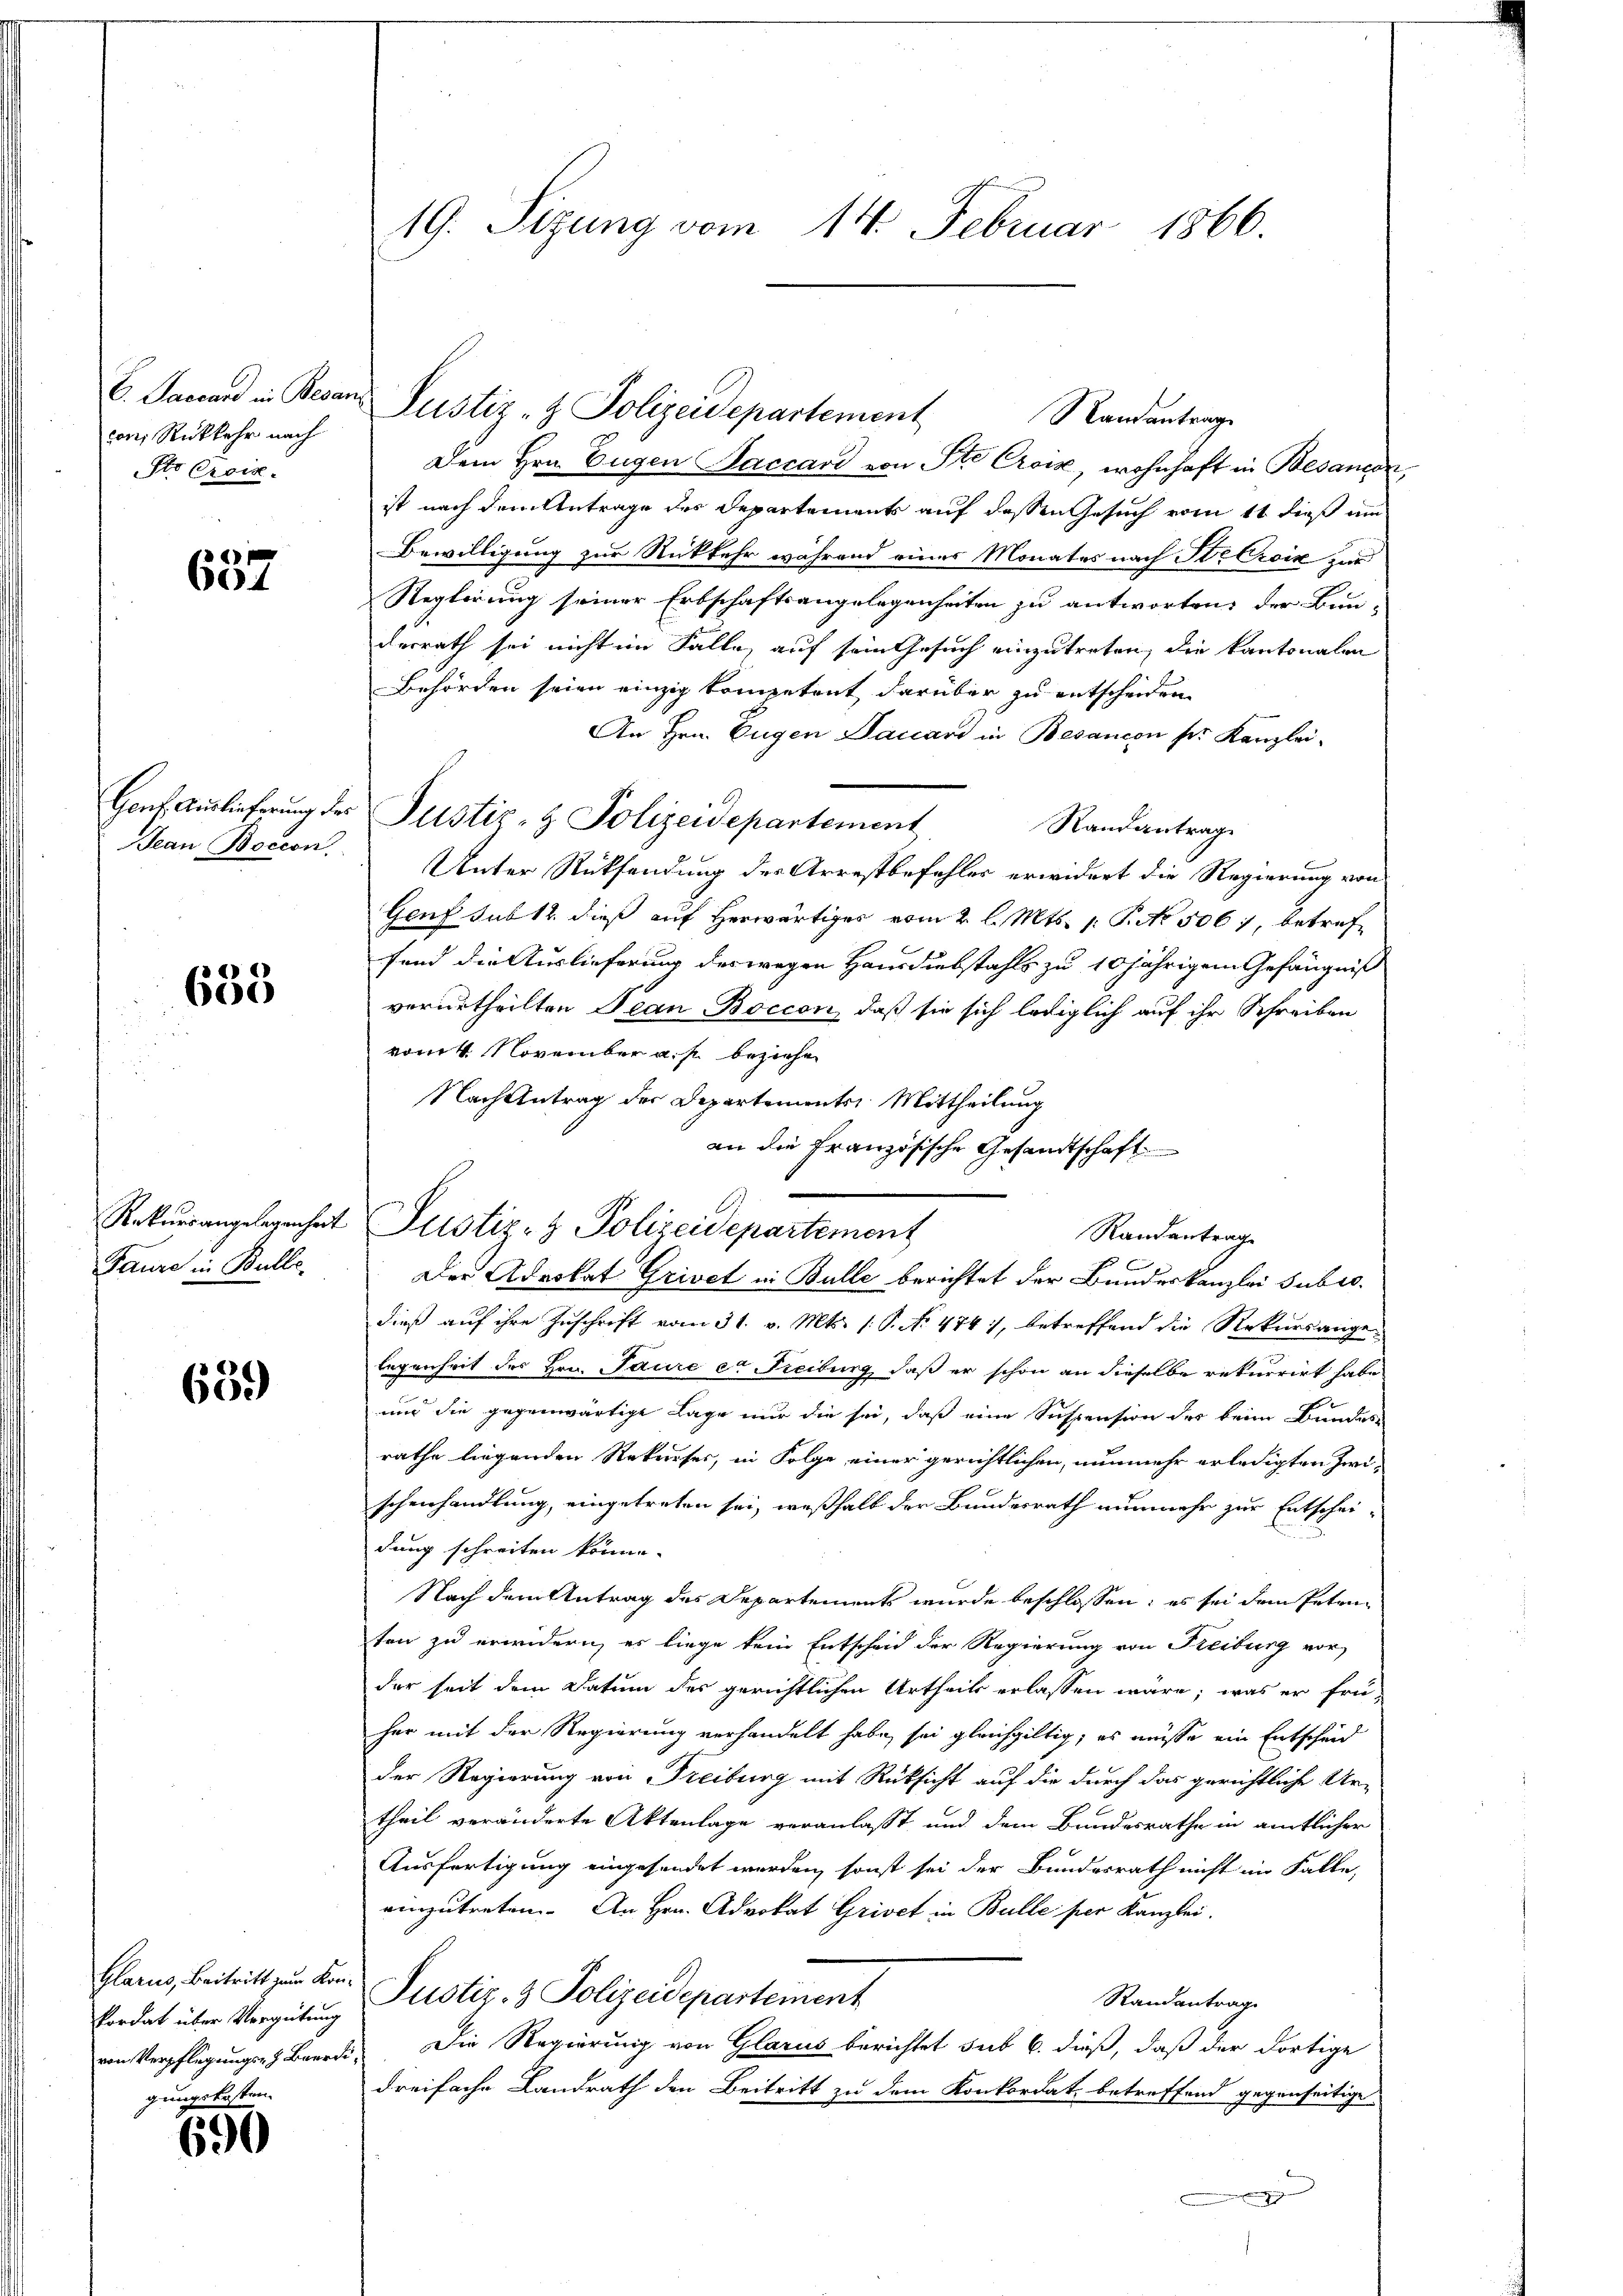
C. Sarrard in Besan
con Rückkehr nach
Sto Crois-

657

Genf Auslieferung des
Jean Boccon.

e *)
600

Rekursangelegenheit
Baure in Bulle.

659

Glarus, Beitritt zum Konkordat über Vergütung
von Verpflegungs- & Beerdi
gungskosten.

690

19. Sizung vom 14. Februar 1866.

Dem Hrn. Eugen Sacrard von Ste Croix, wohnhaft in Besand
ist nach dem Antrage des Departements auf dessen Gesuch vom 11. dieß am
Bewilligung zur Rückkehr während einer Monates nach Str Croix zur
Reglerung seiner Erbschaftsangelegenheiten zu antworten, der Bunderrath sei nicht im Falle auf sein Gesuch einzutreten, die kantonalen
Behörden seien einzig kompetent darüber zu entscheiden
An Hrn. Eugen Dauard in Besancen der Kanzlei-
Justiz- & Polizeidepartement
Randantrag
Unter Rücksendung der Arrestbefehles erwidert die Regierung von
Genf sub 14. dieß auf herwärtiges vom 2. l. Mts. 1. P. Nr. 506, betreffand die Auslieferung der wegen Hausdiebstahls zu 10 jährigem Gefängniß
verurtheilten Jean Boccon, daß sie sich lediglich auf ihr Schreiben
vom 4. November a. p. beziehen
Nach Antrag der Departements Mittheilung
an die Französische Gesandtschaft
Randantrage
Der Advokat Grivet in Bulle berichtet der Bundeskanzlei Subrodieß auf ihre Zuschrift vom 31. v. Mts. 1. P. No 474), betreffend die Rekursange-
legenheit des Hrn. Paure et Freiburg, daß er schon an dieselbe rekurrirt habe
und die gegenwärtige Lage nur die sei, daß eine Suspension der beim Bundes
rathe liegenden Rekurses, in Folge einer gerichtlichen, nunmehr erledigten Zwischenhandlung, eingetreten sei, weßhalb der Bundesrath nunmehr zur Entscheidung schreiten könne.
Nach dem Antrag des Departements wurde beschlossen: es sei dem Petriten zu erwidern, es liege kein Entscheid der Regierung von Freiburg vor
der seit dem Datum des gerichtlichen Urtheils erlassen wäre, was er frü-
her mit der Regierung verhandelt habe, sei gleichgiltig, es müsse ein Entscheid
der Regierung von Freiburg mit Rücksicht auf die durch das gerichtliche Ur-
theil veränderte Aktenlage veranlaßt und dem Bundesrathe in amtlicher
Ausfertigung eingesendet werden, sonst sei der Bundesrath nicht im Falle,
einzutreten. An Hrn. Advokat Grivet in Bulle per Kanzlei.
Justiz- & Polizeidepartement
Randantrag
Die Regierung von Glarus berichtet sub 6. dieß, daß der dortige
dreifache Landrath den Beitritt zu dem Konkordat, betreffend gegenseitige
mezgen

Justiz- & Polizeidepartement

Justiz- & Polizeidepartement

Randantrage